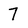
Character: 7